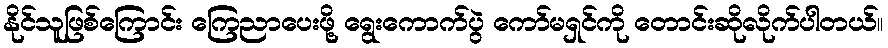
နိုင်သူဖြစ်ကြောင်း ကြေညာပေးဖို့ ရွေးကောက်ပွဲ ကော်မရှင်ကို တောင်းဆိုလိုက်ပါတယ်။